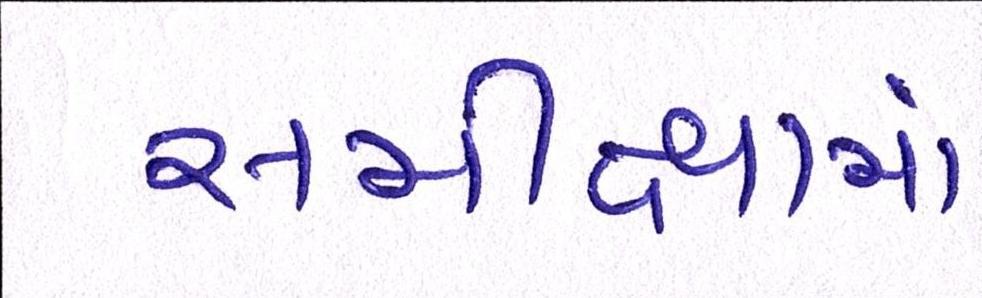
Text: સમીક્ષામાં